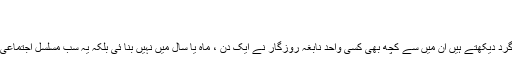
بقول اقبال
کہ آ رہی ہے دمادم صدائے کن فیکون
جو تخلیقات، ایجادات اور مصنوعات آج ہم اپنے ارد گرد دیکھتے ہیں ان میں سے کچھ بھی کسی واحد نابغہ روزگار نے ایک دن ، ماہ یا سال میں نہیں بنا ئی بلکہ یہ سب مسلسل اجتماعی کاوشوں اور صدیوں کے ارتقائی عمل کا نتیجہ ہے ۔